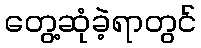
တွေ့ဆုံခဲ့ရာတွင်